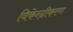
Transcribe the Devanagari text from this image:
विकेन्‍द्रीकरण